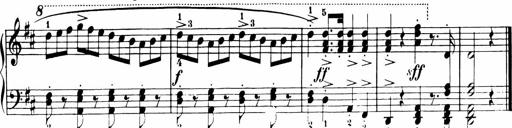
Title: 11 Sonatinas for Piano Solo
Composer: Anton Diabelli